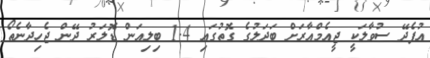
އުފެދޭ ސުވާލަކީ ޖީއެމްއާރަށް ބަދަލުގެ ގޮތުގައި 1.4 ބިލިއަން ޑޮލަރު ދޭން ޖެހިދާނެތޯ